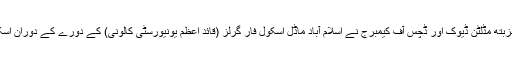
اسلام آباد: برطانوی رائل جوڑے پرنس ولیم اور کیترین الزبتھ مڈلٹن ڈیوک اور ڈچس آف کیمبرج نے اسلام آباد ماڈل اسکول فار گرلز (قائد اعظم یونیورسٹی کالونی) کے دورے کے دوران اسکول کے بچوں اور اساتذہ کے ساتھ ایک گروپ فوٹو میں۔